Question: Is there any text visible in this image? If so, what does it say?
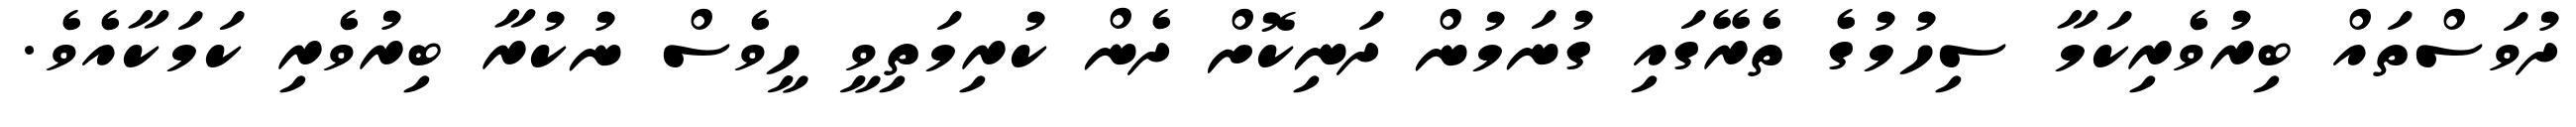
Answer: ދުވަސްތައް ބިރުވެރިކަމާ ސިހުމުގެ ތެރޭގައި ގުނަމުން ދަނިކޮށް ދެން ކުރިމަތިވީ ހީވެސް ނުކުރާ ބިރުވެރި ކަމަކާއެވެ.